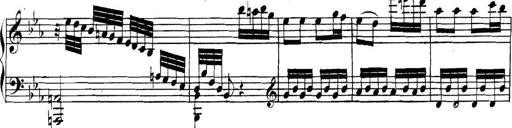
Title: Collected Piano Sonatas
Composer: Muzio Clementi